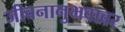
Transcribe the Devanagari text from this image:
जीवनानुभवावर